Juri_Uluots, lk 94
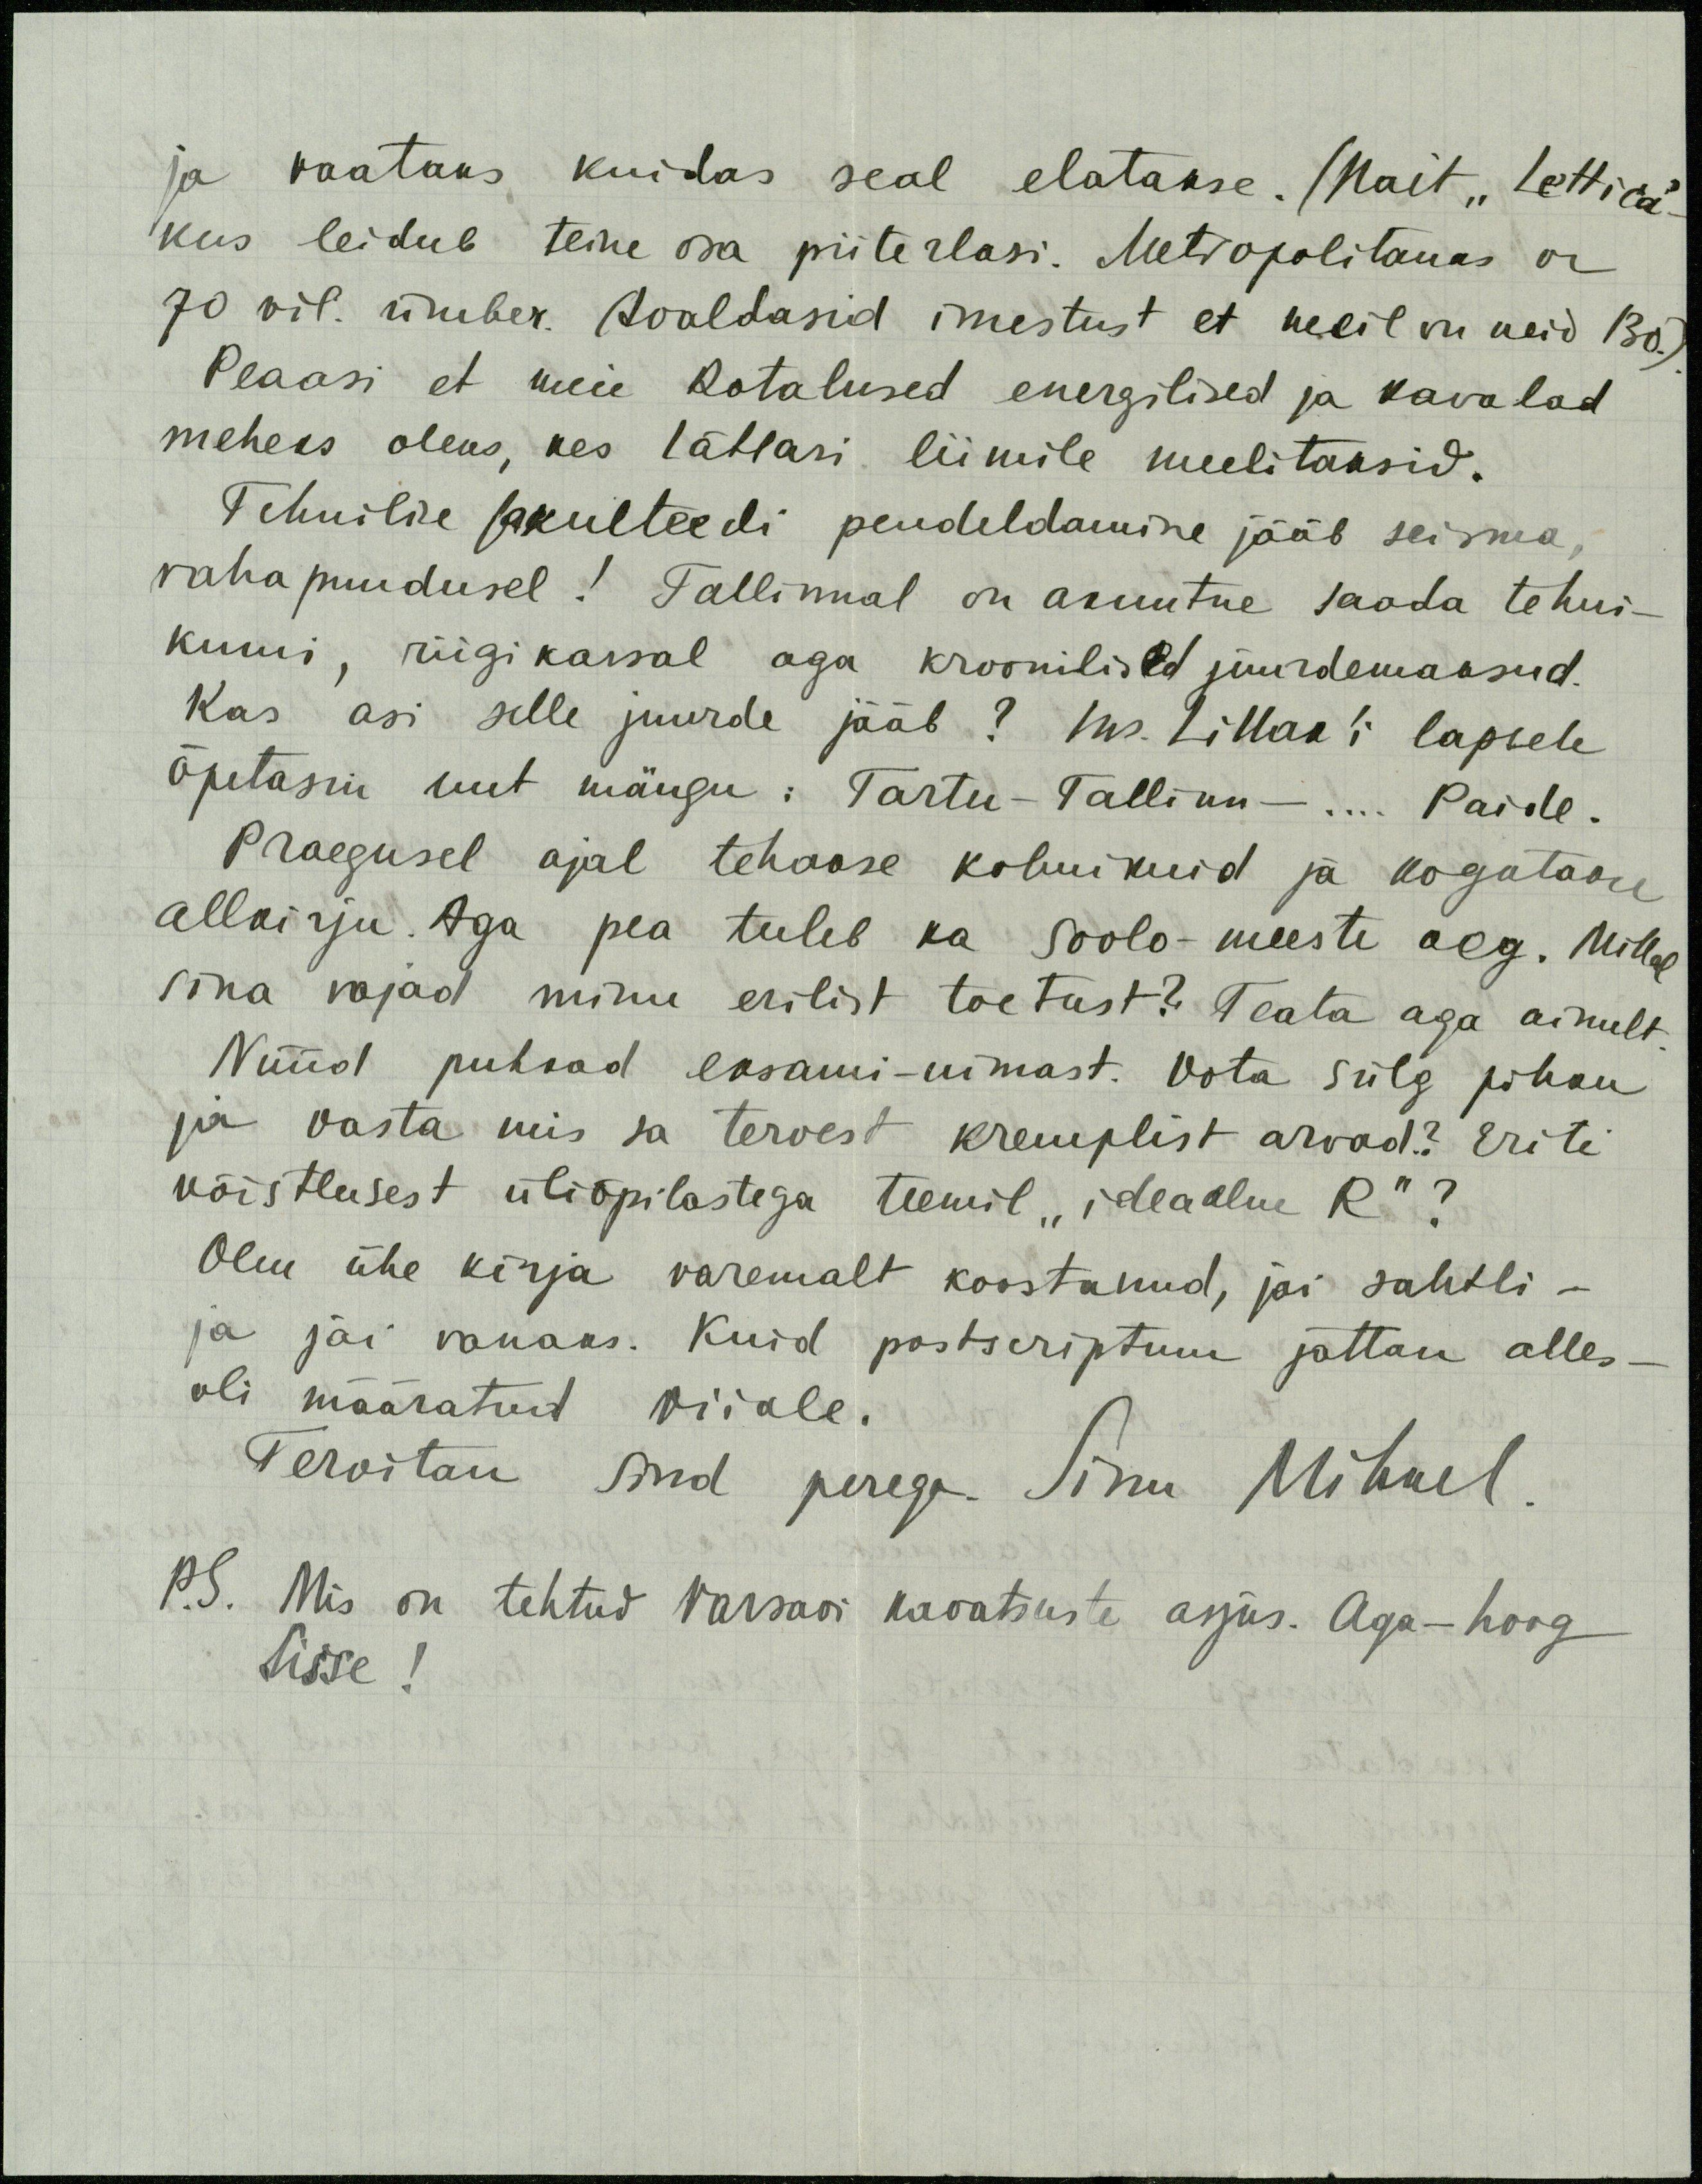
ja vaataks kuidas seal elatakse. (Nait "Lettica" -
kus leidub teine osa piiterlasi. Metropolitanas on
70 vil. ümber. Avaldasid imestust et meil on neid 130.)
Peaasi et meie Rotalused energilised ja kavalad
meheks oleks, kes lätlasi liimile meelitaksid.
Tehnilise fakulteedi pendeldamine jääb seisma,
raha puudusel! Tallinnal on akuutne saada tehni-
kumi, riigi kassal aga kroonilised juurdemaksud.
Kas asi selle juurde jääb? Ins. Lillak'i lapsele
õpetasin uut mängu: Tartu-Tallinn -... Paide.
Praegusel ajal tehakse kolmikuid ja kogutakse
allkirju. Aga pea tuleb ka soolo-meeste aeg. Millal
sina vajad minu erilist toetust? Teata aga ainult
Nüüd puhkad eksami-uimast. Võta sulg pihku
ja vasta mis sa tervest kremplist arvad? Eriti
võistlusest üliõpilastega teemil "ideaalne R"?
Olen ühe kirja varemalt koostunud, jäi sahtli -
ja jäi vanaks. Kuid postscriptum jättan alles -
oli määratud Viiale.
Tervitan sind perega Sinu Mihkel.
P.S. Mis on tehtud Varsavi kavatsuste asjus. Aga - hoog
Sisse!